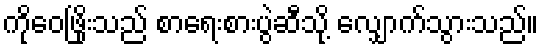
ကိုဝေဖြိုးသည် စာရေးစားပွဲဆီသို့ လျှောက်သွားသည်။